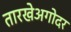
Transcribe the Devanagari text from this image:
तारखेअगोदर